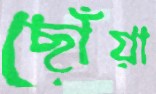
ছোঁয়া